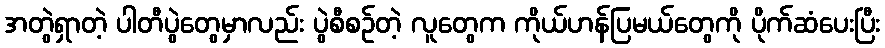
အတွဲရှာတဲ့ ပါတီပွဲတွေမှာလည်း ပွဲစီစဉ်တဲ့ လူတွေက ကိုယ်ဟန်ပြမယ်တွေကို ပိုက်ဆံပေးပြီး